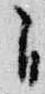
自